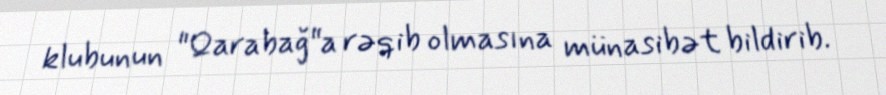
klubunun "Qarabağ"a rəqib olmasına münasibət bildirib.